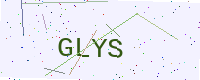
Text: GLYS